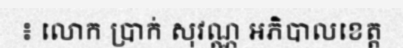
៖ លោក ប្រាក់ សុវណ្ណ អភិបាលខេត្ត